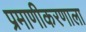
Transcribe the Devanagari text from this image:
प्रमाणीकरणाला